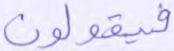
فيقولون